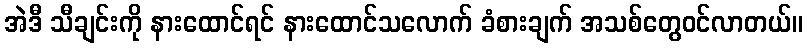
အဲဒီ သီချင်းကို နားထောင်ရင် နားထောင်သလောက် ခံစားချက် အသစ်တွေဝင်လာတယ်။